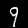
Digit: 9